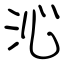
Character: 沁